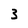
Character: 3